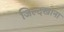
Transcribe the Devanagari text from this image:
जिल्दखाना